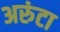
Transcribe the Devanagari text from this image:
अरुंटा